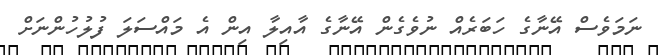
ނަމަވެސް އޭނާގެ ހަބަރެއް ނުވެގެން އޭނާގެ އާއިލާ އިން އެ މައްސަލަ ފުލުހުންނަށް